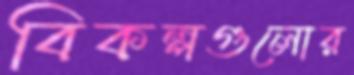
বিকল্পগুলোর